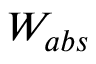
W _ { a b s }